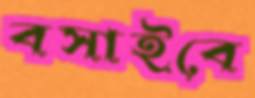
বসাইবে